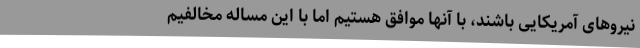
نیروهای آمریکایی باشند، با آنها موافق هستیم اما با این مساله مخالفیم